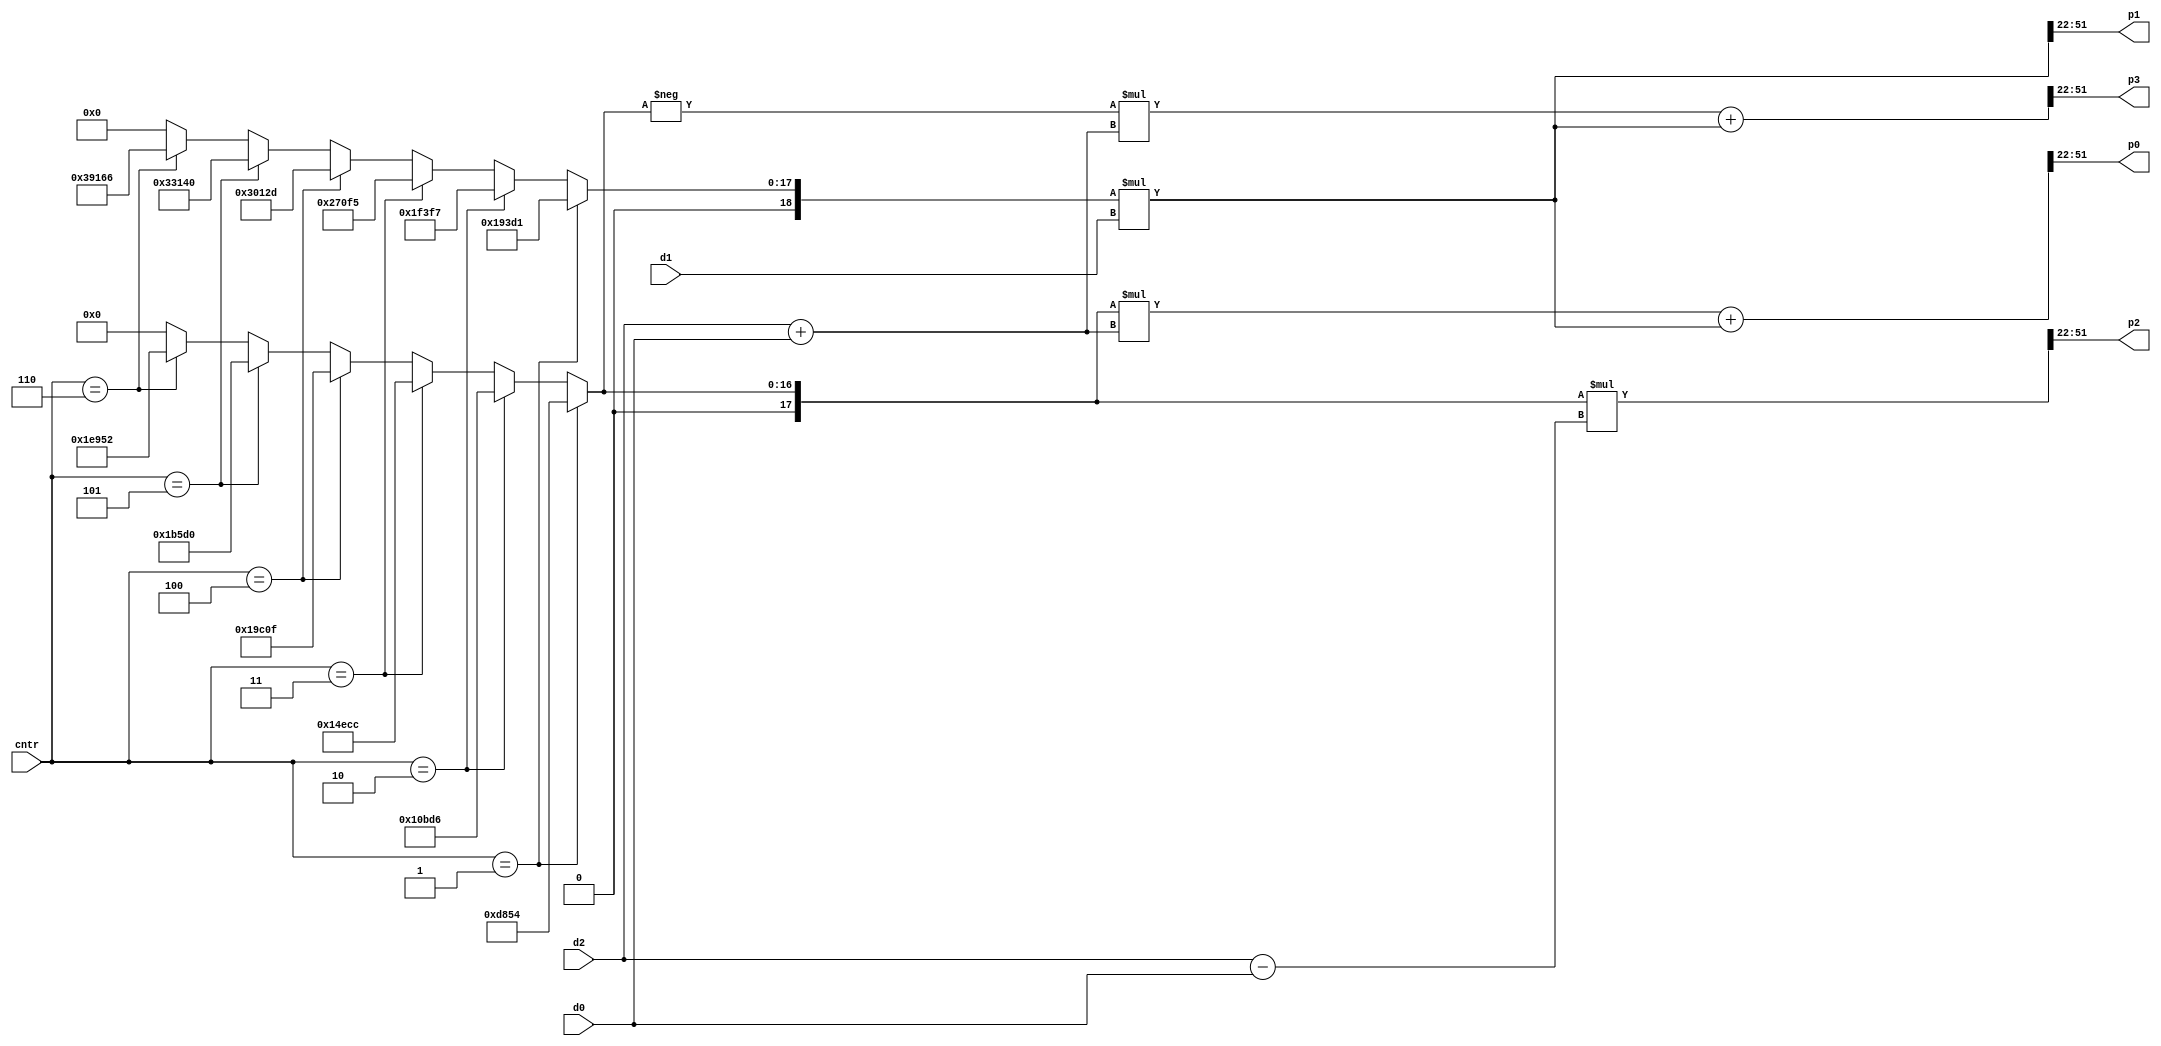
`timescale 1ns / 1ps


module input_module
	#(parameter pd = 12, parameter p = 22)(
    input wire signed [pd+p-1:0] d0, d1, d2, // pdQp d in um
    input wire [2:0] cntr,
    //input wire clk,
	output wire signed [8+p-1:0] p0, p1, p2, p3 // 8Qp
    );
    
    wire signed [pd+2*p-1:0] m0, m1, m2, m3; // pdQ(2*p)
    wire signed [22-1:0] f, g;
	wire signed [p-1:0] f_p, g_p;
	
    /*
	integer file;
	reg [7:0] log_cntr = 8'b0;
	initial begin
		file = $fopen("display_output_input_module.txt","w");
	end
	
	always @(posedge clk) begin
		$fwrite(file, "m0, %b\n", m0);
		$fwrite(file, "m1, %b\n", m1);
		$fwrite(file, "m2, %b\n", m2);
		$fwrite(file, "m3, %b\n", m3);
		$fwrite(file, "p0, %b\n", p0);
		$fwrite(file, "p1, %b\n", p1);
		$fwrite(file, "p2, %b\n", p2);
		$fwrite(file, "p3, %b\n", p3);
		$fwrite(file, "clk cycle %b done \n\n", log_cntr);
		log_cntr <= log_cntr + 1;
	end
	
	always @(log_cntr) begin
		$display("log_cntr: %b", log_cntr);
		if (log_cntr == 8'b00001100)
			$fclose(file);
			//log_cntr <= 8'b0;
	end
	*/
	
	assign g = (cntr == 3'b001) ? 22'b0000011001001111010001 : // 0.024647137458149997 0Q22
				(cntr == 3'b010) ? 22'b0000011111001111110111 : // 0.03051550351962 0Q22
				(cntr == 3'b011) ? 22'b0000100111000011110101 : // 0.03814437939952 0Q22
				(cntr == 3'b100) ? 22'b0000110000000100101101 : // 0.04694692849172 0Q22
				(cntr == 3'b101) ? 22'b0000110011000101000000 : // 0.04988111152245 0Q22
				(cntr == 3'b110) ? 22'b0000111001000101100110 : // 0.055749477583909995 0Q22
				{p{1'b0}};
				
	assign f = (cntr == 3'b001) ? 22'b0000001101100001010100 : // 0.0132038236383 0Q22
				(cntr == 3'b010) ? 22'b0000010000101111010110 : // 0.016347591171219998 0Q22
				(cntr == 3'b011) ? 22'b0000010100111011001100 : // 0.02043448896403 0Q22
				(cntr == 3'b100) ? 22'b0000011001110000001111 : // 0.02515014026342 0Q22
				(cntr == 3'b101) ? 22'b0000011011010111010000 : // 0.02672202402988 0Q22
				(cntr == 3'b110) ? 22'b0000011110100101010010 : // 0.02986579156281 0Q22
				{p{1'b0}};

	
	assign g_p = g[22-1:22-p];
	assign f_p = f[22-1:22-p];
	
	assign m0 = f_p * (d2 + d0) + g_p * d1;
	assign m1 = g_p * d1;
	assign m2 = f_p * (d2 - d0);
	assign m3 = - f_p * (d2 + d0) + g_p * d1;

	assign p0 = m0[8+2*p:p]; // out should be 8Qp
	assign p1 = m1[8+2*p:p];
	assign p2 = m2[8+2*p:p];
	assign p3 = m3[8+2*p:p];
    
endmodule